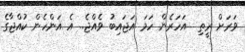
ވަރަށް ރީތި  އަހަރެން ހަމަ އަޖައިބު ވެއްޖެ.. އެ އަންހެން ކުއްޖާގެ